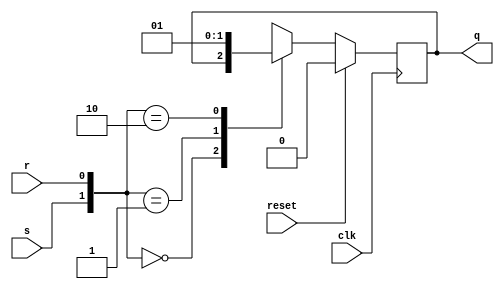
`timescale 1ns / 1ps
//////////////////////////////////////////////////////////////////////////////////
// Company: 
// Engineer: 
// 
// Design Name: 
// Module Name: srff
// Project Name: 
// Target Devices: 
// Tool Versions: 
// Description: 
// 
// Dependencies: 
// 
// Revision:
// Revision 0.01 - File Created
// Additional Comments:
// 
//////////////////////////////////////////////////////////////////////////////////


module srff(
input s,
  input r,
  input clk,
  input reset,
  output reg q);
  always @ (posedge clk)
  if (reset)
    q<=0;
  else
    begin
      case({s,r})
        2'b00: q<=q;
        2'b01: q<=0;
        2'b10: q<=1;
        2'b11: q<=1'bX;
        endcase
    end
    endmodule